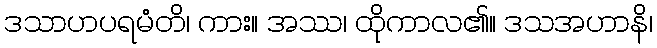
ဒသာဟပရမံတိ၊ ကား။ အဿ၊ ထိုကာလ၏။ ဒသအဟာနိ၊